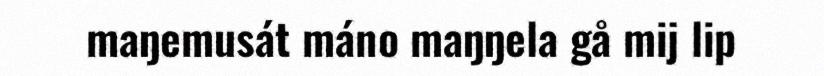
maŋemusát máno maŋŋela gå mij lip